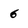
Character: 6